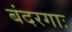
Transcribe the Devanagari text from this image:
बंदरगाः